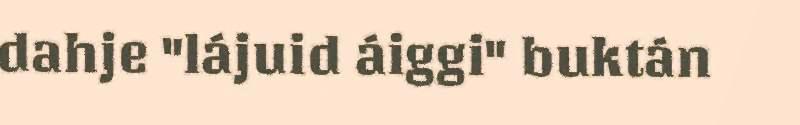
dahje "lájuid áiggi" buktán